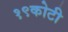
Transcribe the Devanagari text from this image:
१९कोटी